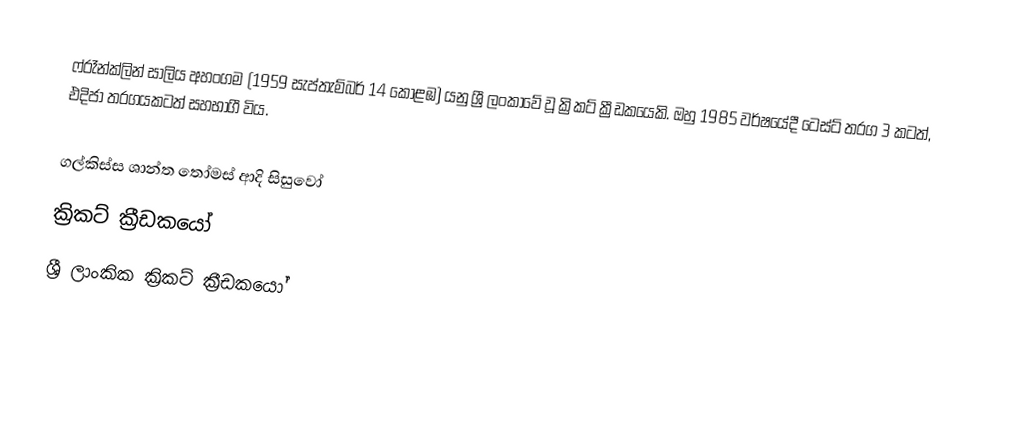
ෆ්රෑන්ක්ලින් සාලිය අහංගම (1959 සැප්තැම්බර් 14 කොළඹ) යනු ශ්‍රී ලංකාවේ වූ ක්‍රිකට් ක්‍රීඩකයෙකි. ඔහු 1985 වර්ෂයේදී ටෙස්ට් තරග 3 කටත්, එදිජා තරගයකටත් සහභාගී විය.

ගල්කිස්ස ශාන්ත තෝමස් ආදි සිසුවෝ
ක්‍රිකට් ක්‍රීඩකයෝ
ශ්‍රී ලාංකික ක්‍රිකට් ක්‍රීඩකයෝ